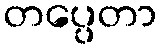
တပ္ပေတာ